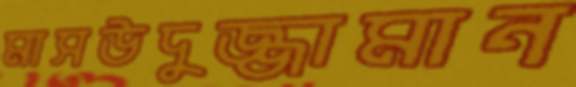
মাসউদুজ্জামান